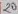
Text: 20